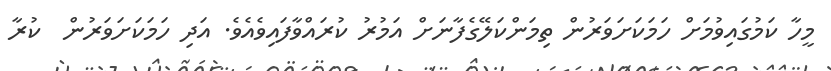
މީހާ ކަމުގައިވުމަށް ހަމަކަށަވަރުން ތިމަންކަލޭގެފާނަށް އަމުރު ކުރައްވާފައިވެއެވެ. އަދި ހަމަކަށަވަރުން  ކުރާ